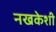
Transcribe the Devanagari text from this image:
नखकेशी